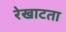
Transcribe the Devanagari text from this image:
रेखाटता